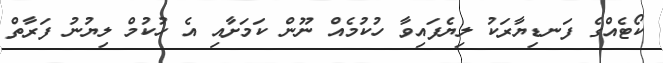
ކޯޓެއްގެ ފަނޑިޔާރަކު ލިޔެފައިވާ ހުކުމެއް ނޫން ކަމަށާއި އެ ހުކުމް ލިޔުނު ފަރާތް